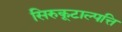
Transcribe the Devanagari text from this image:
सिरुकूटाल्पत्ति